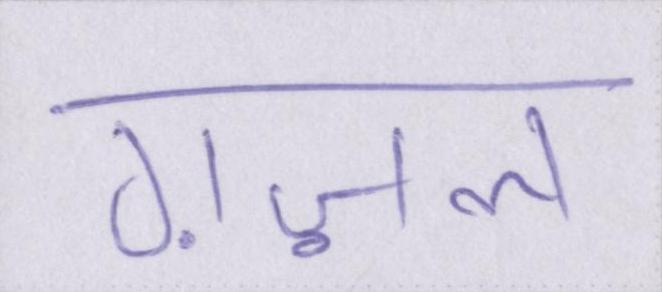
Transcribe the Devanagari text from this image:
ग़ज़ल